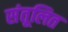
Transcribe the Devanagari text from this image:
संतूलित